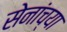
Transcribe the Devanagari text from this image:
सेनांच्या